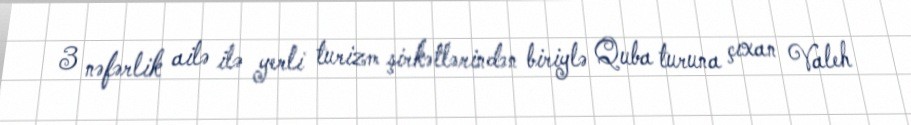
3 nəfərlik ailə ilə yerli turizm şirkətlərindən biriylə Quba turuna çıxan Valeh